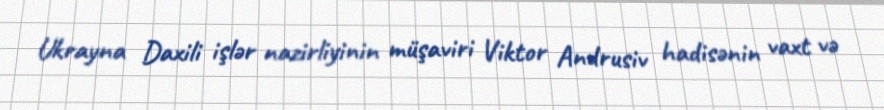
Ukrayna Daxili işlər nazirliyinin müşaviri Viktor Andrusiv hadisənin vaxt və